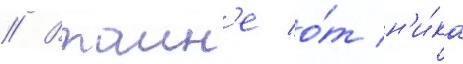
// Втаин'е о́т н'и́ка